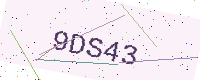
Text: 9DS43